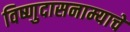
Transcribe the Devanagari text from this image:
विष्णुदासनाम्याचे